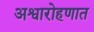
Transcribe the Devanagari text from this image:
अश्वारोहणात